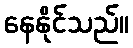
နေနိုင်သည်။